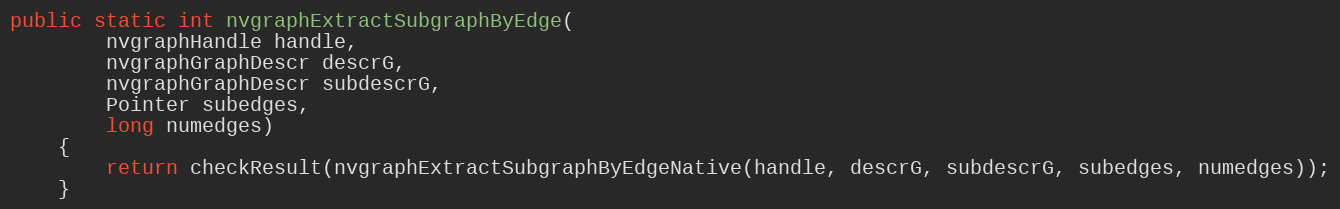
Language: Java
public static int nvgraphExtractSubgraphByEdge(
        nvgraphHandle handle,
        nvgraphGraphDescr descrG,
        nvgraphGraphDescr subdescrG,
        Pointer subedges,
        long numedges)
    {
        return checkResult(nvgraphExtractSubgraphByEdgeNative(handle, descrG, subdescrG, subedges, numedges));
    }